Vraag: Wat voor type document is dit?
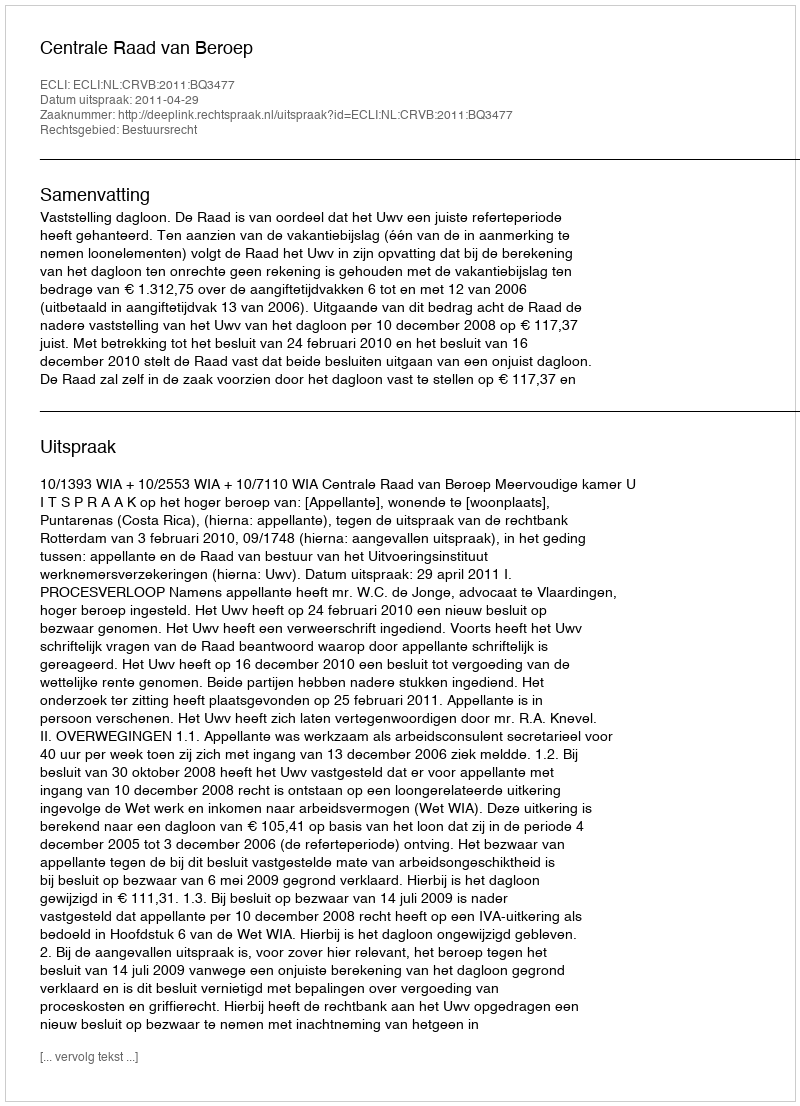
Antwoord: Uitspraak